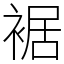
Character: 裾